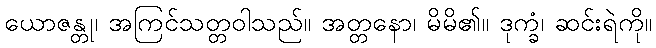
ယောဇန္တု၊ အကြင်သတ္တဝါသည်။ အတ္တနော၊ မိမိ၏။ ဒုက္ခံ၊ ဆင်းရဲကို။